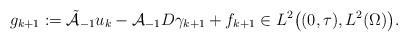
\begin{align*} g_{k+1} := \tilde{\mathcal{A}}_{-1} u_{k} - \mathcal{A}_{-1} D \gamma_{k+1} + f_{k+1} \in L^{2}\big((0, \tau), L^{2}(\Omega)\big). \end{align*}